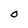
Character: O